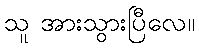
သူ အားသွားပြီလေ။